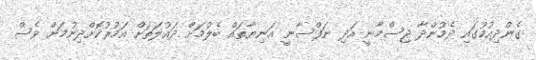
ގެންދިއުމުގައި ދެމުންދާ ޖިސްމާނީ އަދި ނަފްސާނީ އަނިޔާތައް ބެލުމަށް ދައުލަތަށް އަމުރުކޮށްދިނުމަށް ވެސް